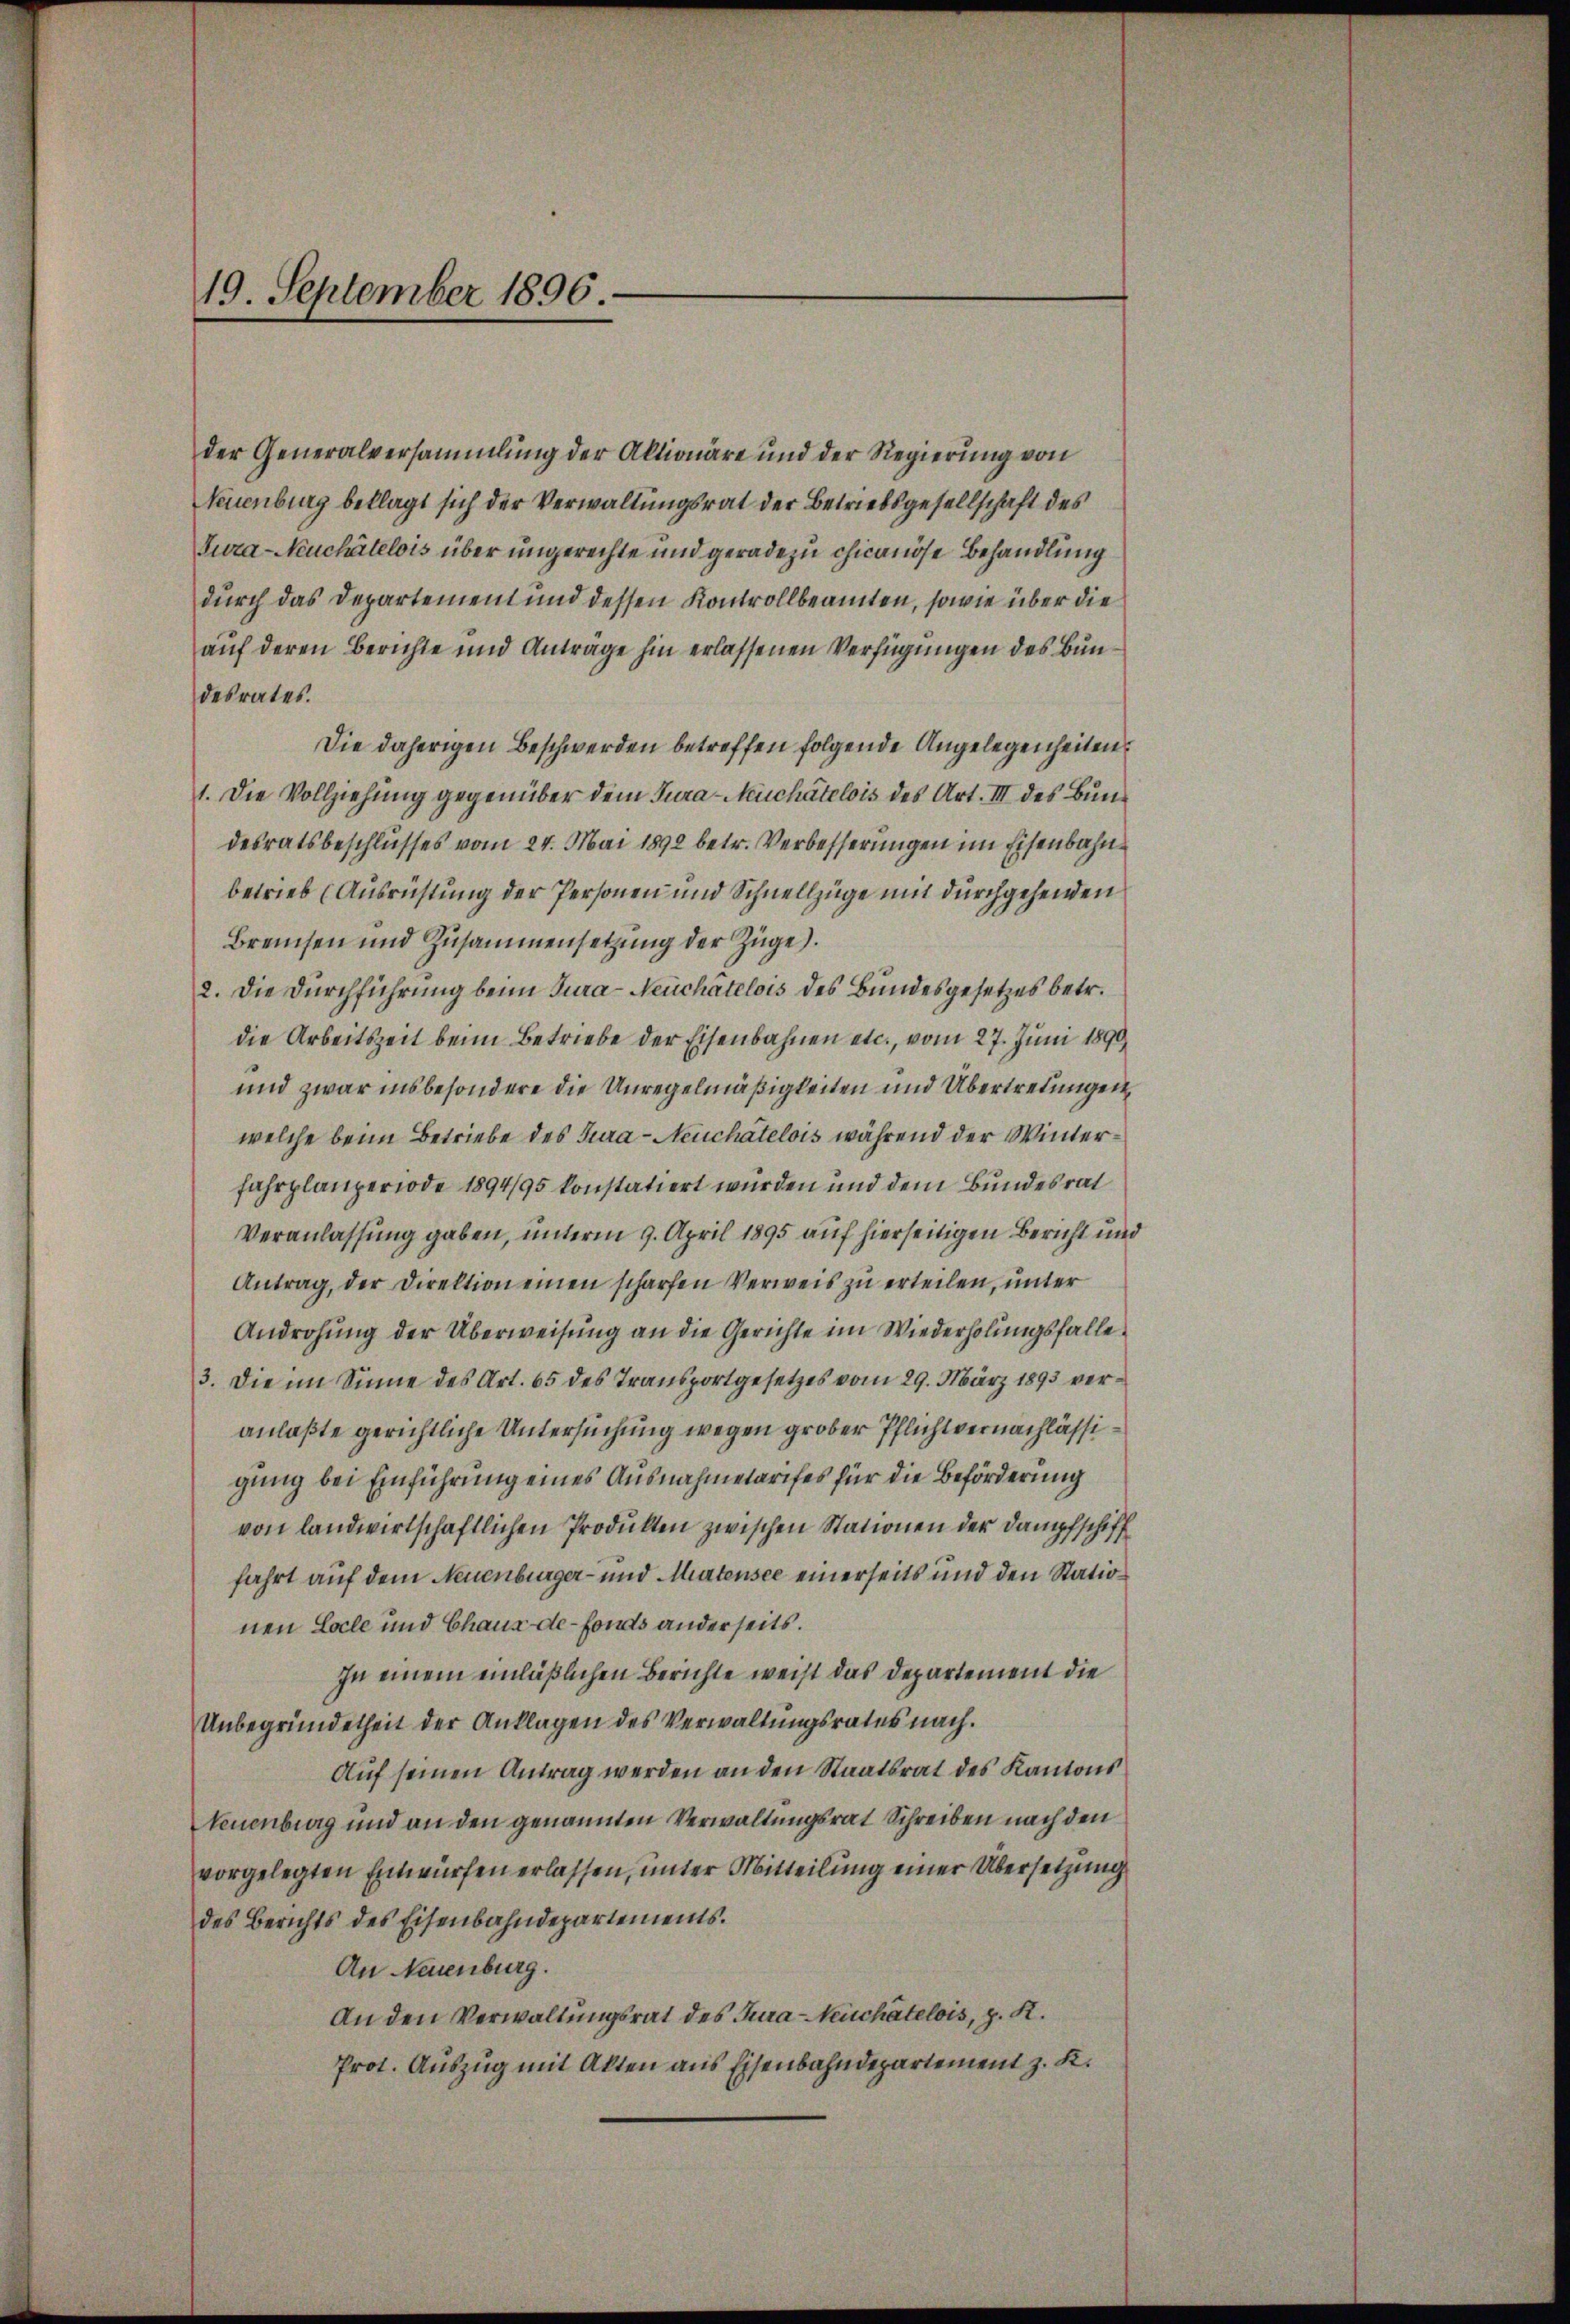
19. September 1896.

der Generalversammlung der Aktionäre und der Regierung von
Neuenburg beklagt sich der Verwaltungsrat der Betriebsgesellschaft des
Tura-Neuchâtelois über ungerechte und geradezu chicanöse Behandlung
durch das Departement und dessen Kontrollbeamten, sowie über die
auf deren Berichte und Antrage hin erlassenen Verfügungen des Bundesrates.
Die daherigen Beschwerden betreffen folgende Angelegenheiten
1. Die Vollziehung gegenüber dem Jura-Meuchâtelois des Art. III des Bundesratsbeschlusses vom 24. Mai 1892 betr. Verbesserungen im Eisenbahnbetrieb (Ausrichtung der Personen und Schnellzüge mit durchgehenden
Brenten und Zusammensetzung der Züge).
2. Die Durchführung beim Tura-Neuchâtelois des Bundesgesetzes betr.
die Arbeitszeit beim Betriebe der Eisenbahnen etc., vom 27. Juni 1890
und zwar insbesondere die Unregelmäßigkeiten und Übertretungen,
welche beim Betriebe des Jura - Neuchâtelois während der Winterfahrplanperiode 1894/95 konstatiert wurden und dem Bundesrat
Veranlassung gaben, unterm 9. April 1895 auf hierseitigen Bericht und
Antrag, der Direktion einen scharfen Verweis zu erteilen, unter
Androhung der Überweisung an die Gerichte im Wiederholungsfalle
3. Die im Sinne des Art. 65 des Transportgesetzes vom 29. März 1893 veranlaßte gerichtliche Untersuchung wegen grober Pflichtvernachlässigung bei Einführung eines Ausnahmetarifes für die Beförderung
von landwirtschaftlichen Produllen zwischen Stationen der Dampfschifffahrt auf dem Neuenburger- und Martensee einerseits und den Station
nen Locle und Chaux-de-Fonds anderseits.
In einem einläßlichen Berichte weist das Departement die
Unbegründetheit der Anklagen des Verwaltungsrates nach.
Auf seinen Antrag werden an den Staatsrat des Kantons
Neuenburg und an den genannten Verwaltungsrat Schreiben nach den
vorgelegten Einwürfen erlassen, unter Mitteilung einer Übersetzung
des Berichts des Eisenbahndepartements.
An Neuenburg.
An den Verwaltungsrat des Tura-Neuchâtelois, z. K.
Prot. Auszug mit Akten aus Eisenbahndepartement z. K.